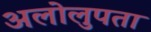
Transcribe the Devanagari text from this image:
अलोलुपता